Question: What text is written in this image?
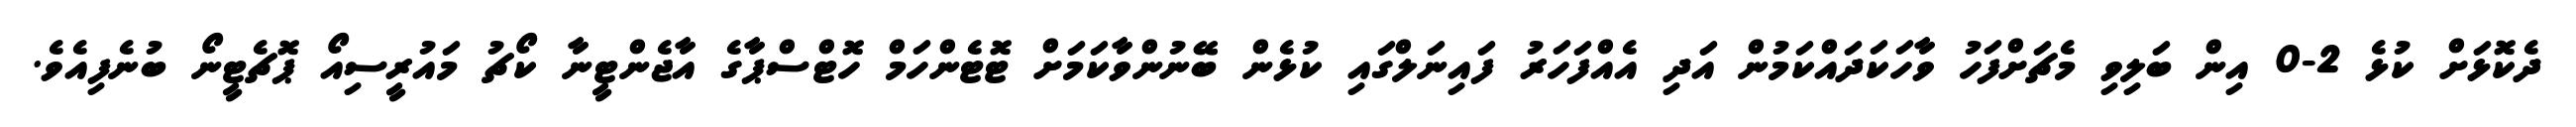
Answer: ދެކޮޅަށް ކުޅެ 2-0 އިން ބަލިވި މެޗަށްފަހު ވާހަކަދައްކަމުން އަދި އެއްފަހަރު ފައިނަލްގައި ކުޅެން ބޭނުންވާކަމަށް ޓޮޓެންހަމް ހޮޓްސްޕާގެ އާޖެންޓީނާ ކޯޗު މައުރީސިއޯ ޕޮޗެޓީނޯ ބުނެފިއެވެ.